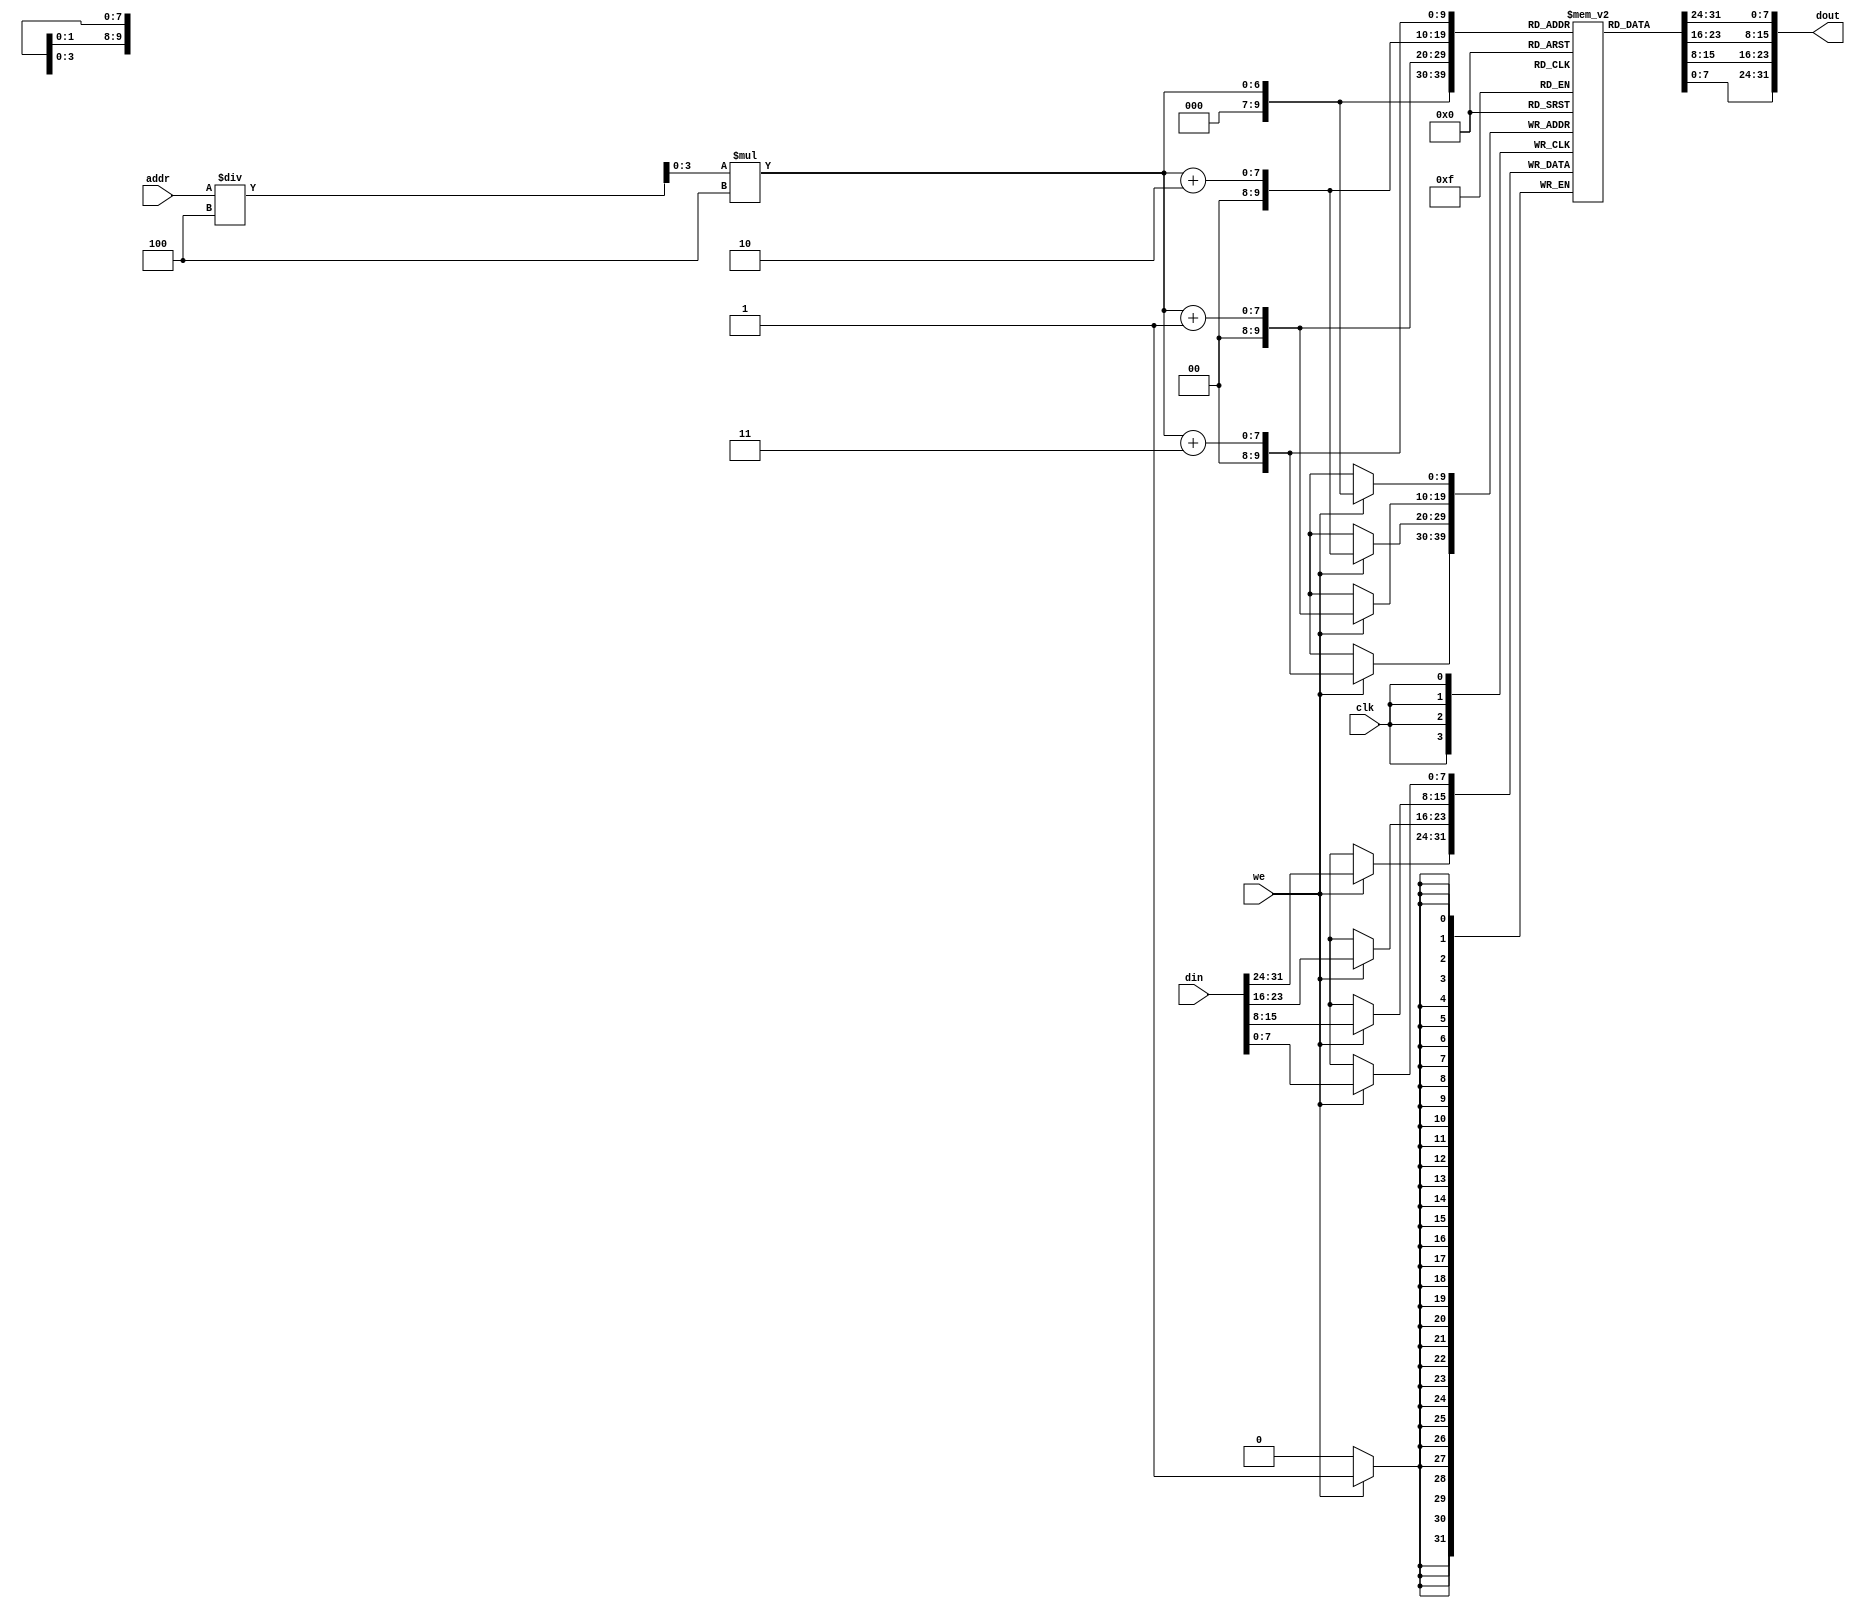
module dm_1k(addr,din,we,clk,dout);
  
  
  input [9:0]addr;
  input [31:0]din;
  input we;
  input clk;
  output [31:0] dout;
  
  reg [7:0] dm[1023:0];
  
  integer i;
	initial begin
		for (i = 0; i < 1024; i =i + 1) begin
			
			dm[i] = 0;
	
		end
	end
  
  wire [3:0]t1;
  wire [9:0]tureaddr;
  assign t1=addr/(3'b100);
  assign tureaddr=t1*(3'b100);
  
  
  wire [7:0] temp;
  wire [31:0] temp1;
  assign temp=dm[tureaddr[9:0]];
  assign temp1={dm[tureaddr[9:0]+3], dm[tureaddr[9:0]+2], dm[tureaddr[9:0]+1], dm[tureaddr[9:0]]};    //!!attention  Maybe need modeify
  //assign dout=(lb)?{{24{temp[7]}},temp}:temp1;
  assign dout=temp1;
  
  always@(posedge clk)
  begin
    if(we)
      {dm[tureaddr[9:0]+3], dm[tureaddr[9:0]+2], dm[tureaddr[9:0]+1], dm[tureaddr[9:0]]}=din;      //same as the front
    
  end
  
  
endmodule